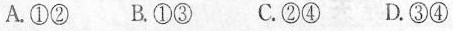
A.①② B.①③ C.②④ D.③④